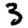
Digit: 3